Report of the Municipal Commissioner on the plague in Bombay for the year ending 31st May... - Volume 2
Disease focus: Plague
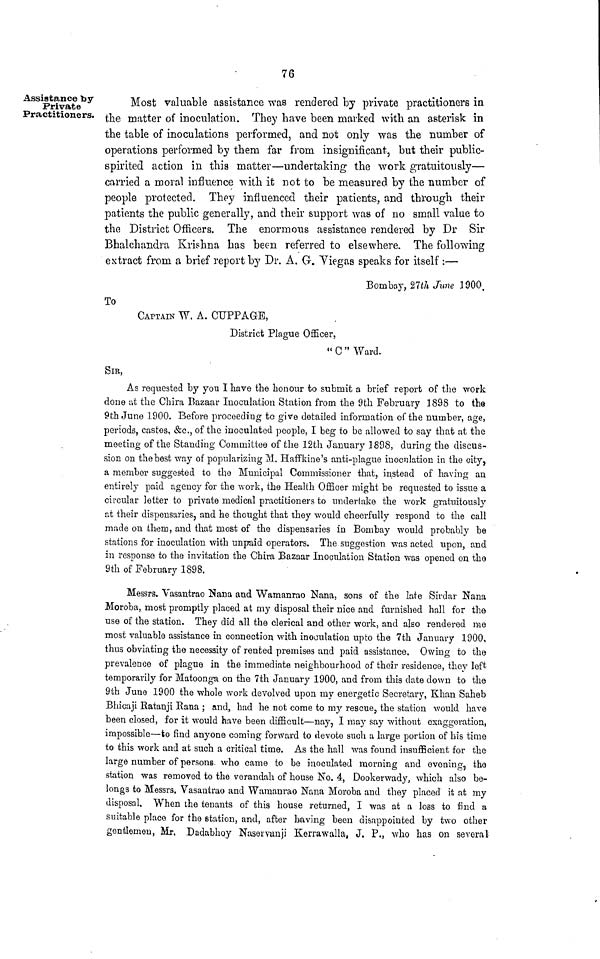
76
Assistance by
Private
Practitioners.
Most valuable assistance was rendered by private practitioners in
the matter of inoculation. They have been marked with an asterisk in
the table of inoculations performed, and not only was the number of
operations performed by them far from insignificant, but their public-
spirited action in this matter—undertaking the work gratuitously—
carried a moral influence with it not to be measured by the number of
people protected. They influenced their patients, and through their
patients the public generally, and their support was of no small value to
the District Officers. The enormous assistance rendered by Dr Sir
Bhalchandra Krishna has been referred to elsewhere. The following
extract from a brief report by Dr. A. CT. Yiegas speaks for itself :—
Bombay, 27/i June 3900.
To
CAPTAIN W. A. CUPPAGE,
District Plague Officer,
C " Ward.
SIB,
As requested by you I have the honour to submit a brief report of the work
done at the Chira Bazaar Inoculation Station from the 9th February 1898 to the
9th June 1900. Before proceeding to give detailed information of the number, age,
periods, castes, &c., of the inoculated people, I beg to be allowed to say that at the
meeting of the Standing Committee of the 12th January 1898, during the discus-
sion on the best way of popularizing M. Haffkine's anti-plague inoculation in the city,
a member suggested to the Municipal Commissioner that, instead of having an
entirely paid agency for the work, the Health Officer might be requested to issue a
circular letter to private medical practitioners to undertake the work gratuitously
at their dispensaries, and he thought that they would cheerfully respond to the call
made on them, and that most of the dispensaries in Bombay would probably be
stations for inoculation with unpaid operators. The suggestion was acted upon, and
in response to the invitation the Chira Bazaar Inoculation Station was opened on tho
9th of February 1898.
Messrs. Vasantrao Nana and Wamanrao Nana, sons of the late Sirdar Nana
Moroba, most promptly placed at my disposal their nice and furnished hall for the
use of the station. They did all the clerical and other work, and also rendered me
most valuable assistance in connection with inoculation up to the 7th January 1900,
thus obviating the necessity of rented premises and paid assistance. Owing to the
prevalence of plague in the immediate neighbourhood of their residence, they left
temporarily for Matoonga on the 7th January 1900, and from this date down to the
9th June 1900 the whole work devolved upon my energetic Secretary, Khan Saheb
Bhicaji Ratanji Rana ; and, had he not come to my rescue, the station would have
been closed, for it would have been difficult—nay, I may say without exaggeration,
impossible—to find anyone coming forward to devote such a large portion of his time
to this work and at such a critical time. As the hall was found insufficient for the
large number of persons, who came to be inoculated morning and evening, tho
station was removed to the verandah of house No. 4, Dookerwady, which also be-
longs to Messrs. Vasantrao and Wamanrao Nana Moroba and they placed it at my
disposal. When the tenants of this house returned, I was at a loss to find a
suitable place for the station, and, after having been disappointed by two other
gentlemen, Mr. Dadabhoy Nasorvanji Kerrawalla, J. P., who has on several